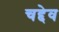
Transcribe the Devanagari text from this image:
चद्देव